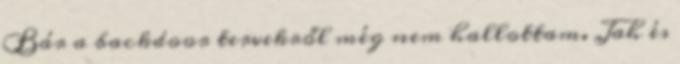
Bár a backdoor tervekről még nem hallottam. Jah és